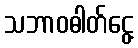
သဘာဝဓါတ်ငွေ့